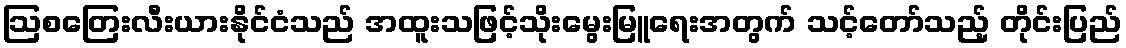
ဩစတြေးလီးယားနိုင်ငံသည် အထူးသဖြင့်သိုးမွေးမြူရေးအတွက် သင့်တော်သည့် တိုင်းပြည်